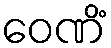
ဝေဏိံ